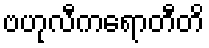
ဗဟုလီကရောတီတိ